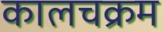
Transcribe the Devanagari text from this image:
कालचक्रम